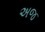
અજ